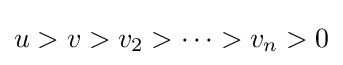
u>v>v_{2}>\cdots >v_{n}>0